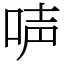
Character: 𠴢